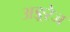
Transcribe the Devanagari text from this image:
अङ्ररेज